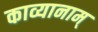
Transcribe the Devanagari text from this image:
काव्यानाम्